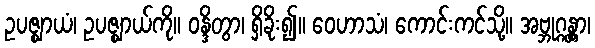
ဥပဇ္ဈာယံ၊ ဥပဇ္ဈာယ်ကို။ ဝန္ဒိတွာ၊ ရှိခိုး၍။ ဝေဟာသံ၊ ကောင်းကင်သို့။ အဗ္ဘုဂ္ဂန္တွာ၊